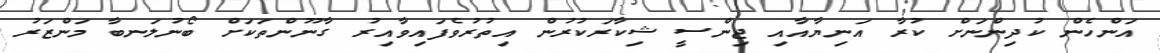
އަންހެން ކުދިންނަށް ކުރާ އަނިޔާއާއި ޖިންސީ ޝިކާރަކުރުން އިތުރުވެފައިވާއިރު ގާނޫންތަކަށް ބޯނުލަނބާ މަންޒަރު